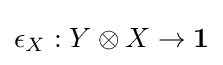
\epsilon _{X}:Y\otimes X\to \mathbf {1}